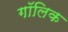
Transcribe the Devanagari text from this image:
गॉलिक